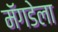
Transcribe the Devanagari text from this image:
मॅगडेला